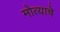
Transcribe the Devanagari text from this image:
मोत्याचे